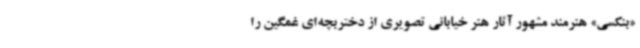
«بنکسی» هنرمند مشهور آثار هنر خیابانی تصویری از دختربچه‌ای غمگین را